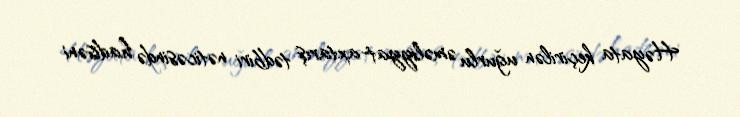
Həyata keçirilən uğurlu əməliyyat-axtarış tədbiri nəticəsində hadisəni